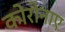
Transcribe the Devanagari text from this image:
कोरोनाए